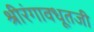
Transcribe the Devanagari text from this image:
श्रीरंगावधूतजी